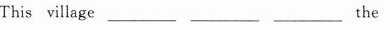
This village_________ _________ _________ the